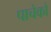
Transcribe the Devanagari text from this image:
पाचेको